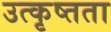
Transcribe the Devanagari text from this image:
उत्कृष्तता